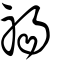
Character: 禓